Vaccination in Burma 1889-1999 - 1889-1999
Year: 1889
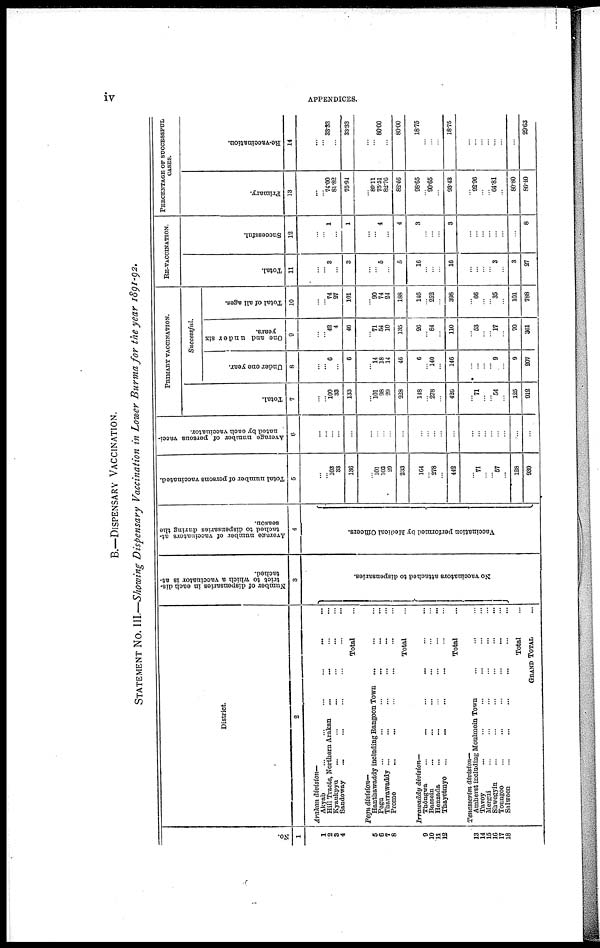
iv
APPENDICES.
B.—DISPENSARY VACCINATION.
STATEMENT No. III.—Showing Dispensary Vaccination in Lower Burma for the year 1891-92.
No.
1
1
2
3
4
5
6
7
8
9
10
11
12
13
14
15
16
17
18
District.
2
Arakan division—
Akyab
...
...
...
...
...
Hill Tracts, Northern Arakan ... ... ... ...
Kyaukpyu ... ... ... ... ...
Sandoway ... ... ... ... ...
Total ...
Pegu division—
Hanthawaddy including Rangoon Town ... ... ...
Pegu ... ... ... ... ...
Tharrawaddy ... ... ... ... ... ...
Prome ... ... ... ... ...
Total ...
Irrawaddy division—
Thôngwa ... ... ... ... ...
Bassein ... ... ... ... ...
Henzada ... ... ... ... ...
Thayetmyo ... ... ... ... ...
Total ...
Tenasserim division—
Amherst including Moulmoin Town
...
...
Tavoy ... ... ... ... ...
Mergui ... ... ... ... ...
Shwegyin ... ... ... ... ...
Toungoo
...
...
...
...
...
Salween ... ... ... ... ...
Total ...
GRAND TOTAL ...
Number of dispensaries in each dis-
trict to which a vaccinator is at-
tached.
3
No vaccinators attached to dispensaries.
Average number of vaccinators at-
tached to dispensaries during the
season.
4
Vaccination performed by Medical Officers.
Total number of persons vaccinated.
5
...
... 103
33
136
...
...
101
103
29
233
164
...
278
...
442
...
71
...
...
57
...
128
939
Average number of persons vacci-
nated by each vaccinator.
6
...
...
...
...
...
...
...
...
...
...
...
...
...
...
...
...
...
...
...
...
...
...
...
...
PRIMARY VACCINATION.
Total.
7
...
...
100 33
133
...
...
101
98
29
238
148
...
278
...
426
...
71
...
...
54
...
125
912
Successful.
Under one year.
8
...
... 6
...
6
...
...
14
18
14
46
6
...
140
...
146
...
...
...
... 9
...
9
207
One and under six
years.
9
...
...
42
4
46
...
...
71
54
10
135
26
...
84
...
110
...
53
...
...
17
...
70
361
Total of all ages.
10
...
...
74
27
101
...
...
90
74
24
188
148
...
252
...
398
...
66
...
...
35
...
101
788
RE-VACCINATION.
Total.
11
...
...
3
...
3
...
...
...
5
...
5
16
...
...
...
16
...
...
...
...
3
...
3
27
Successful.
12
...
...
1
...
1
...
...
...
4
...
4
3
...
...
...
3
...
...
...
...
...
...
...
8
PERCENTAGE OF SUCCESSFUL
CASES.
Primary.
13
...
...
74.00
81.82
75.94
...
...
89.11
75.51
82.76
82.46
98.65
...
90.65
...
93.43
...
92.96
...
...
64.81
...
80.80
86.40
Re-vaccination.
14
...
...
33.33
...
33.33
...
...
...
80.00
...
80.00
18.75
...
...
...
18.75
...
...
...
...
...
...
...
29.63